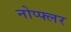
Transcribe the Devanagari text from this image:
नोप्फ्लर